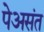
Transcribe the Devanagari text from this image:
पेअसंत